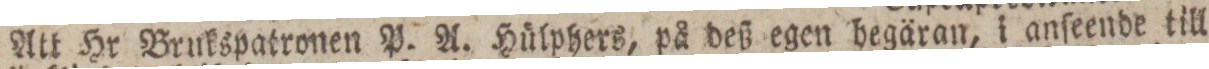
Att Hr Brukspatronen P. A. Hülphers, på deß egen hegäran, i anſeende till